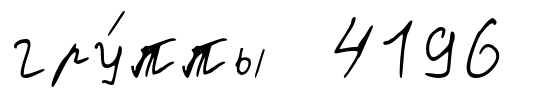
гру́ппы 4196